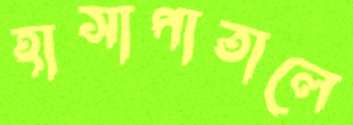
হাসাপাতালে